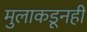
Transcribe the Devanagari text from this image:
मुलाकडूनही